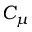
C _ { \mu }